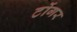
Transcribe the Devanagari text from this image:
टोंगर